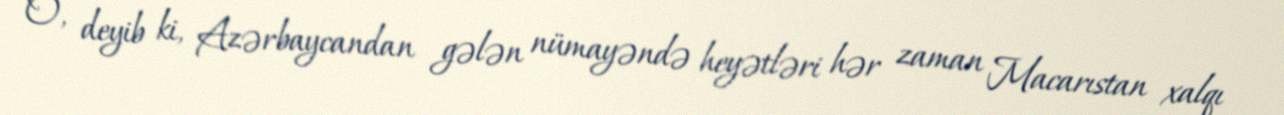
O, deyib ki, Azərbaycandan gələn nümayəndə heyətləri hər zaman Macarıstan xalqı